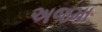
અજમા